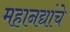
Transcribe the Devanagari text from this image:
महानद्यांचे